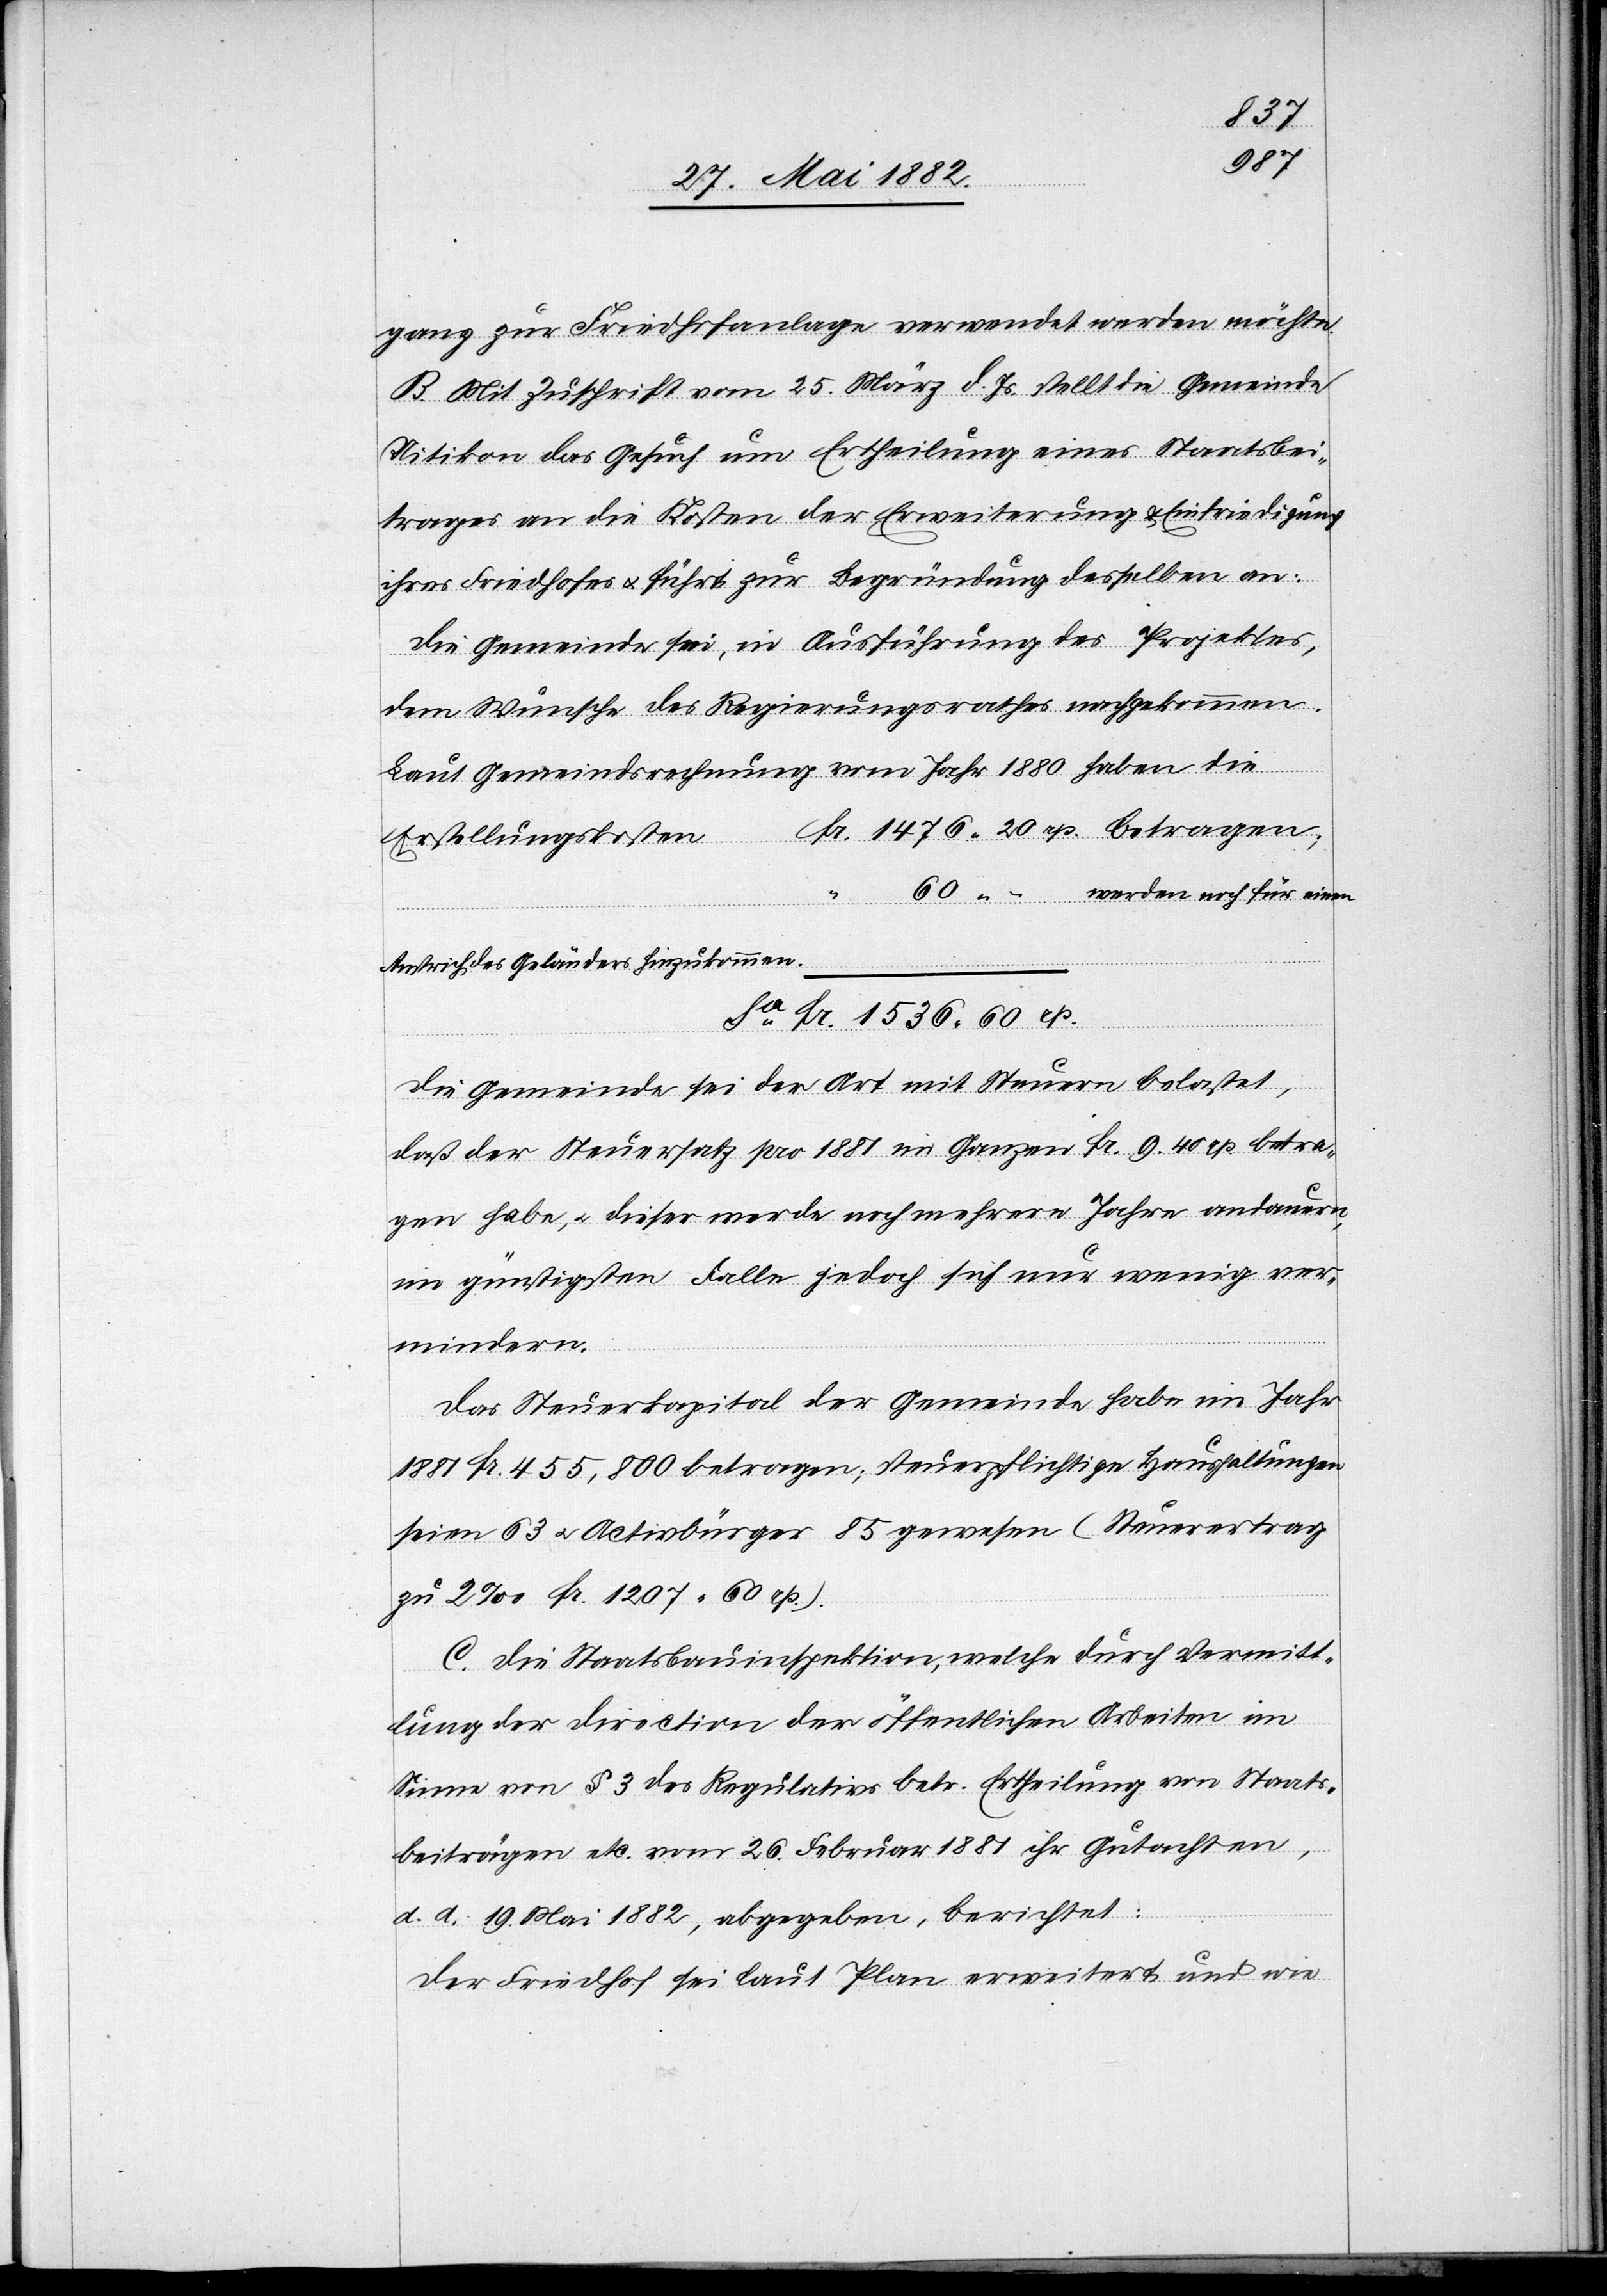
1476
ganz zur Friedhofsanlage verwendet werden möchte.
B. Mit Zuschrift vom 25. März d. Js. stellt die Gemeinde
Uitikon das Gesuch um Ertheilung eines Staatsbei¬
trages an die Kosten der Erweiterung & Einfriedigung
ihres Friedhofes u. führt zur Begründung desselben an:
Die Gemeinde sei, in Ausführung des Projektes,
dem Wunsche des Regierungsrathes nachgekommen.
Laut Gemeindsrechnung vom Jahr 1880 haben die
1536
Erstellungskosten
werden noch für einen
60
Rp.
Anstrich des Gebäudes hinzukommen.
Die Gemeinde sei der Art mit Steuern belastet,
daß der Steuersatz pro 1881 im Ganzen Fr. 9.40 Rp. betra¬
gen habe, u. dieser werde noch mehrere Jahre andauern,
im günstigsten Falle jedoch sich nur wenig ver¬
mindern.
Das Steuerkapital der Gemeinde habe im Jahr
1881 Fr. 455,800 betragen; steuerpflichtige Haushaltungen
seien 63 & Activbürger 85 gewesen (Steuerertrag
zu 2‰ Fr. 1207 60 Rp.).
C. Die Staatsbauinspektion, welche durch Vermitt¬
lung der Direction der öffentlichen Arbeiten im
Sinne von § 3 des Regulativs betr. Ertheilung von Staats¬
beiträgen etc. vom 26. Februar 1881 ihr Gutachten,
d. d. 19. Mai 1882, abgegeben, berichtet:
Der Friedhof sei laut Plan erweitert und wie